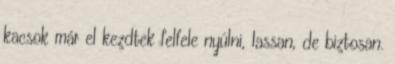
kacsok már el kezdtek felfele nyúlni, lassan, de biztosan.